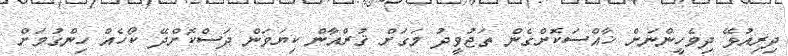
ދިރިއުޅޭ ދިވެހީންނަށް ޚާއްސަކޮށްގެން ތަޖުވީދު މަގަށް ޤުރްއާން ކިޔަވަން ދަސްކޮށްދޭ ކޯހެއް ހިންގުމަށް